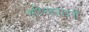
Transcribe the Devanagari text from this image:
सदिच्छासदनीं